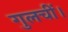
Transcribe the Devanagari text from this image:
गुलचीं।